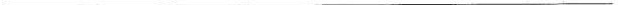
___